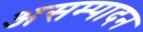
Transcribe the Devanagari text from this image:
असम्पादन